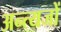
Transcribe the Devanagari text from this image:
अन्त्यजों